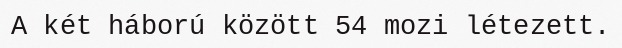
A két háború között 54 mozi létezett.